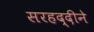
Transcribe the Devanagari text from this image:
सरहद्दीने